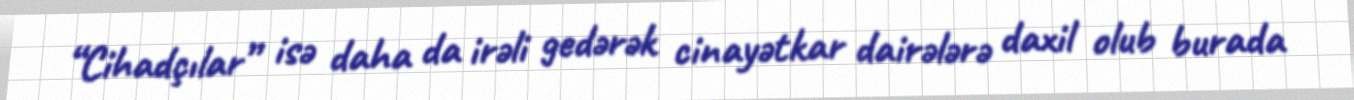
“Cihadçılar” isə daha da irəli gedərək cinayətkar dairələrə daxil olub burada